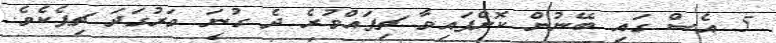
5 އެސް ގައި ބޭނުން ކޮށްފައިވާ ޗިޕައްވުރެ ދެ ގުނަ ވަރުގަދަ ޗިޕެކެވެ.